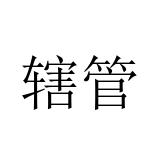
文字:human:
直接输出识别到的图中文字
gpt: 辖管